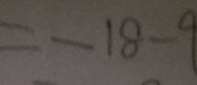
= - 1 8 - 9